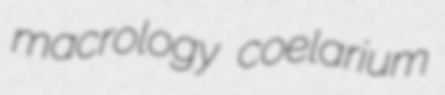
macrology coelarium